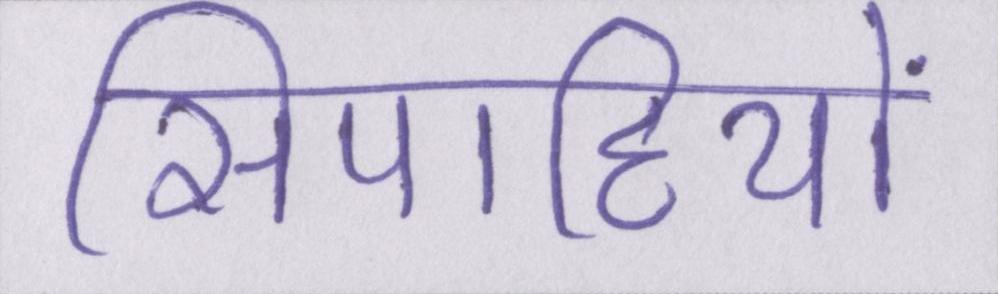
सिपाहियों